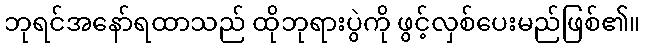
ဘုရင်အနော်ရထာသည် ထိုဘုရားပွဲကို ဖွင့်လှစ်ပေးမည်ဖြစ်၏။